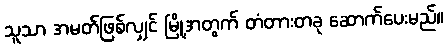
သူသာ အမတ်ဖြစ်လျှင် မြို့အတွက် တံတားတခု ဆောက်ပေးမည်။